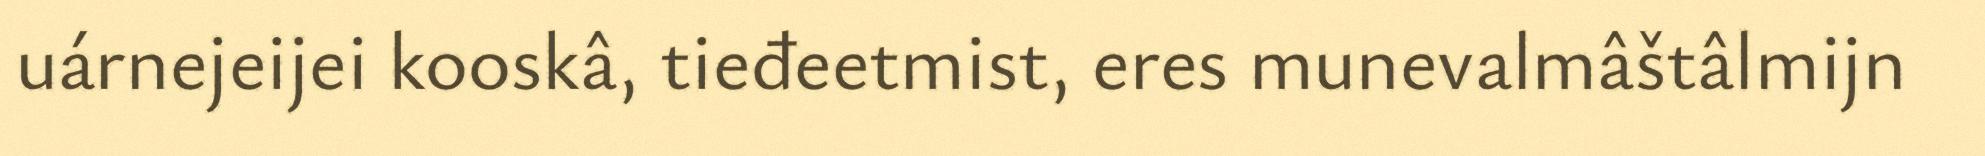
uárnejeijei kooskâ, tieđeetmist, eres munevalmâštâlmijn